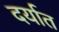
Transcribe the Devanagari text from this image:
दर्यात